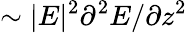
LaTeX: \sim|E|^{2}\partial^{2}E/\partial z^{2}